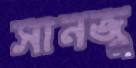
সানজু